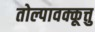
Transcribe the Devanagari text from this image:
तोल्पावक्कूत्तु